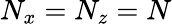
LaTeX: N_{x}=N_{z}=N